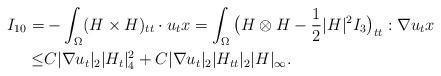
LaTeX: \begin{align*} I_{10}=&-\int_{\Omega}(H\times H)_{tt}\cdot u_{t}x=\int_{\Omega}\big(H\otimes H-\frac{1}{2}|H|^2I_3\big)_{tt}: \nabla u_{t}x\\\leq& C|\nabla u_t|_2|H_t|^2_4+C|\nabla u_t|_2|H_{tt}|_2| H|_{\infty}.\end{align*}